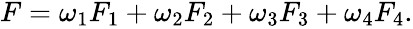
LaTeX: \begin{array}{r}{F=\omega_{1}F_{1}+\omega_{2}F_{2}+\omega_{3}F_{3}+\omega_{4}F_{4}.}\end{array}